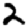
Digit: 2